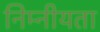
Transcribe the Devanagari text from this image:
निम्नीयता